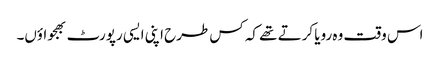
اس وقت وہ رویا کرتے تھے کہ کس طرح اپنی ایسی رپورٹ بھجواؤں۔